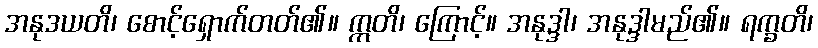
အနုဒယတိ၊ စောင့်ရှောက်တတ်၏။ ဣတိ၊ ကြောင့်။ အနုဒ္ဒါ၊ အနုဒ္ဒါမည်၏။ ရက္ခတိ၊